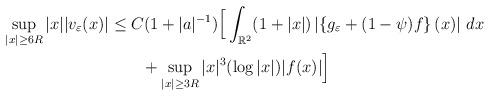
LaTeX: \begin{align*}\sup_{|x|\geq 6R}|x||v_\varepsilon(x)|&\leq C(1+|a|^{-1})\Big[\int_{\mathbb R^2}(1+|x|) \left|\left\{g_\varepsilon+(1-\psi)f\right\}(x)\right|\,dx \\&\qquad+\sup_{|x|\geq 3R}|x|^3(\log |x|)|f(x)|\Big]\end{align*}